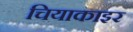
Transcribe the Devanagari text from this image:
चियाकाइर